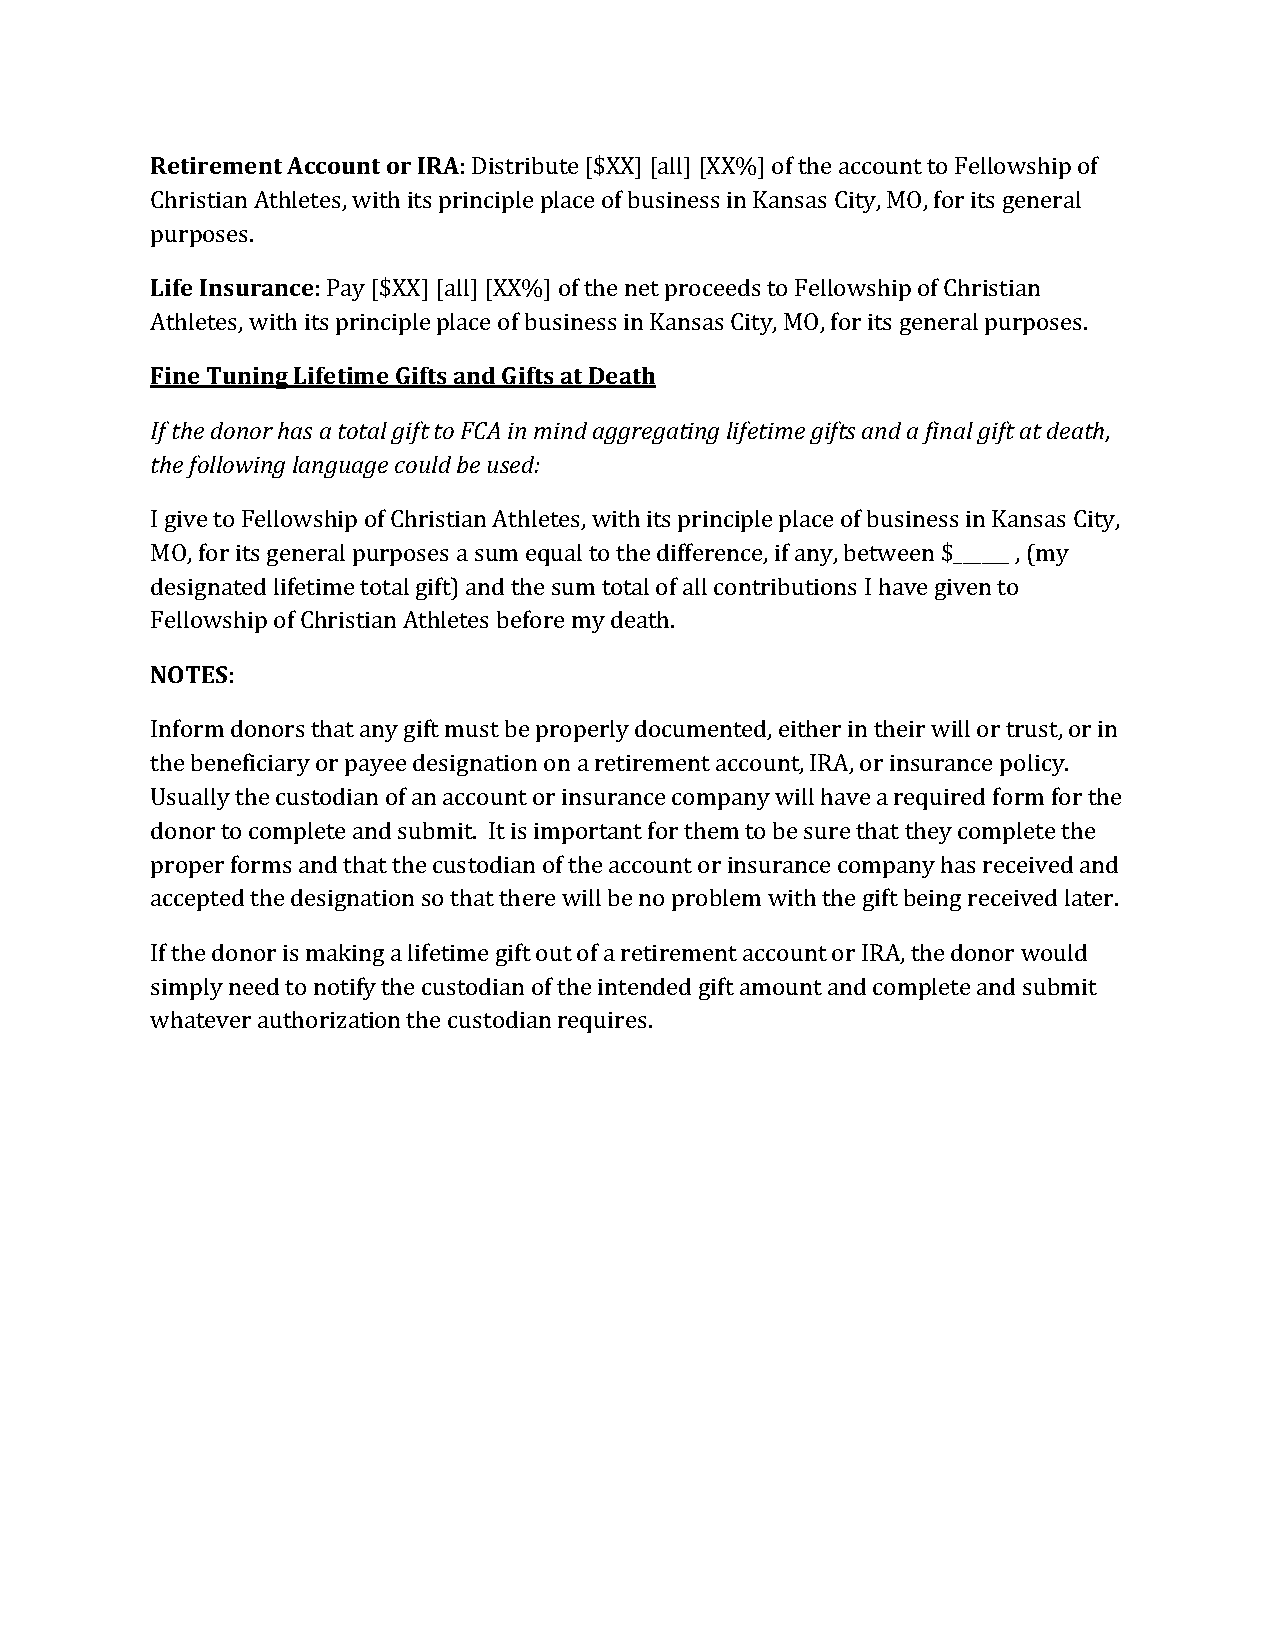
Retirement Account or IRA: Distribute [$XX] [all] [XX%] of the account to Fellowship of
 Christian Athletes, with its principle place of business in Kansas City, MO, for its general
 purposes.
 Life Insurance: Pay [$XX] [all] [XX%] of the net proceeds to Fellowship of Christian
 Athletes, with its principle place of business in Kansas City, MO, for its general purposes.
 Fine Tuning Lifetime Gifts and Gifts at Death
 If the donor has a total gift to FCA in mind aggregating lifetime gifts and a final gift at death,
 the following language could be used:
 I give to Fellowship of Christian Athletes, with its principle place of business in Kansas City,
 MO, for its general purposes a sum equal to the difference, if any, between $______ , (my
 designated lifetime total gift) and the sum total of all contributions I have given to
 Fellowship of Christian Athletes before my death.
 NOTES:
 Inform donors that any gift must be properly documented, either in their will or trust, or in
 the beneficiary or payee designation on a retirement account, IRA, or insurance policy.
 Usually the custodian of an account or insurance company will have a required form for the
 donor to complete and submit. It is important for them to be sure that they complete the
 proper forms and that the custodian of the account or insurance company has received and
 accepted the designation so that there will be no problem with the gift being received later.
 If the donor is making a lifetime gift out of a retirement account or IRA, the donor would
 simply need to notify the custodian of the intended gift amount and complete and submit
 whatever authorization the custodian requires.